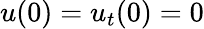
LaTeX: u(0)=u_{t}(0)=0